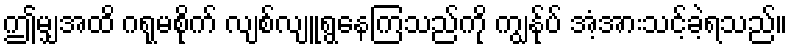
ဤမျှအထိ ဂရုမစိုက် လျစ်လျူရွနေကြသည်ကို ကျွန်ုပ် အံ့အားသင့်ခဲ့ရသည်။